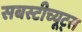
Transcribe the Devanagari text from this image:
सबस्टीच्यूट्स